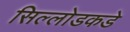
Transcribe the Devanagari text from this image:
सिल्लोडकडे